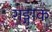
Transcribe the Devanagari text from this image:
गङ्गाक